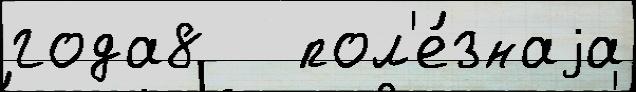
года8   пол'е́знаjа